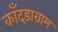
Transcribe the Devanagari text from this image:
काँदड़ाग्राम